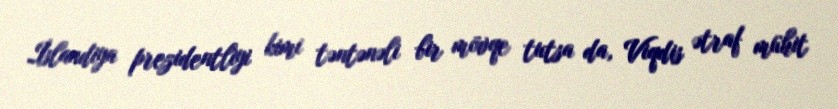
İslandiya prezidentliyi kimi təntənəli bir mövqe tutsa da, Viqdis ətraf mühit